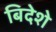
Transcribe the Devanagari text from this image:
बिदेशे